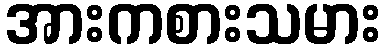
အားကစားသမား